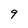
Character: 9